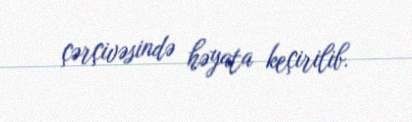
çərçivəsində həyata keçirilib.